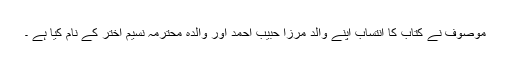
موصوف نے کتاب کا انتساب اپنے والد مرزا حبیب احمد اور والدہ محترمہ نسیم اختر کے نام کیا ہے ۔